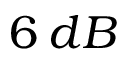
6 \: d B